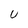
Character: U